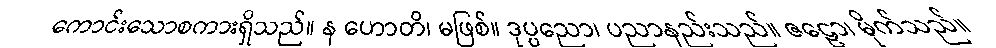
ကောင်းသောစကားရှိသည်။ န ဟောတိ၊ မဖြစ်။ ဒုပ္ပညော၊ ပညာနည်းသည်။ ဇဠော၊ မိုက်သည်။